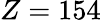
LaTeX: Z=154